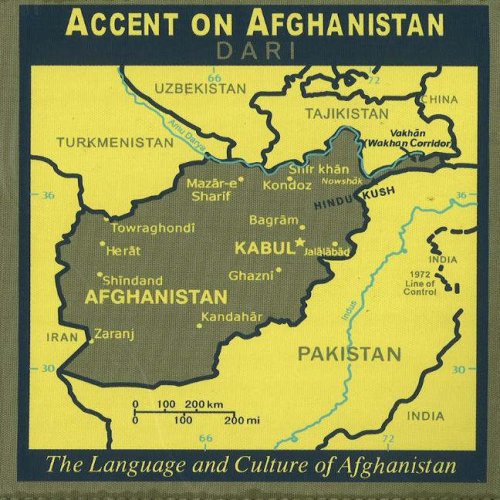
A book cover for Accent on Afghanistan: Dari: The Language and Culture of Afghanistan [With Language Flash Cards Book and Cultural Notes Booklet]; Travel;